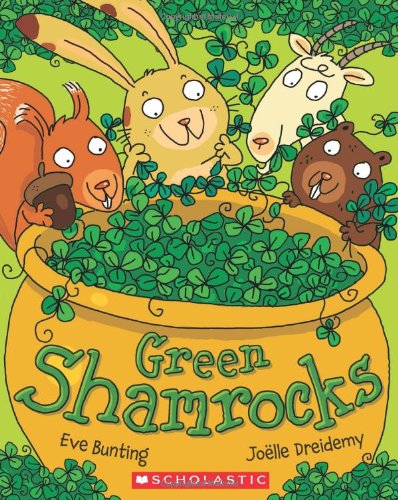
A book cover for Green Shamrocks; Eve Bunting; Children's Books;